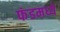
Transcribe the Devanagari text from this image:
फंडमध्ये